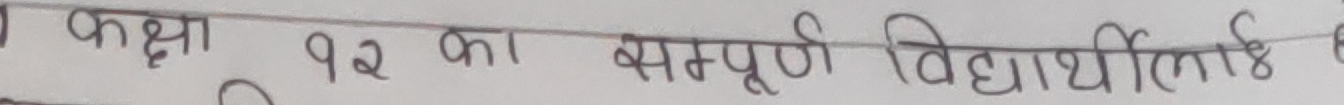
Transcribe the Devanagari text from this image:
कक्षा १२ का सम्पूर्ण विद्यार्थीलाई